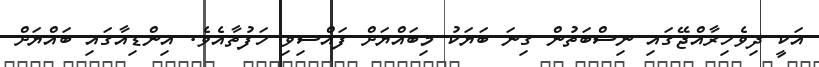
އަކީ ދިވެހިރާއްޖޭގައި ނިސްބަތުން ގިނަ ބަޔަކު މިބައްޔަށް ފައްސިވި ހަފުތާއެވެ. އިންޑިއާގައި ބަައްޔަށް